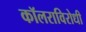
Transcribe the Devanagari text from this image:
कॉलराविरोधी